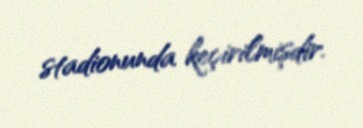
stadionunda keçirilmişdir.